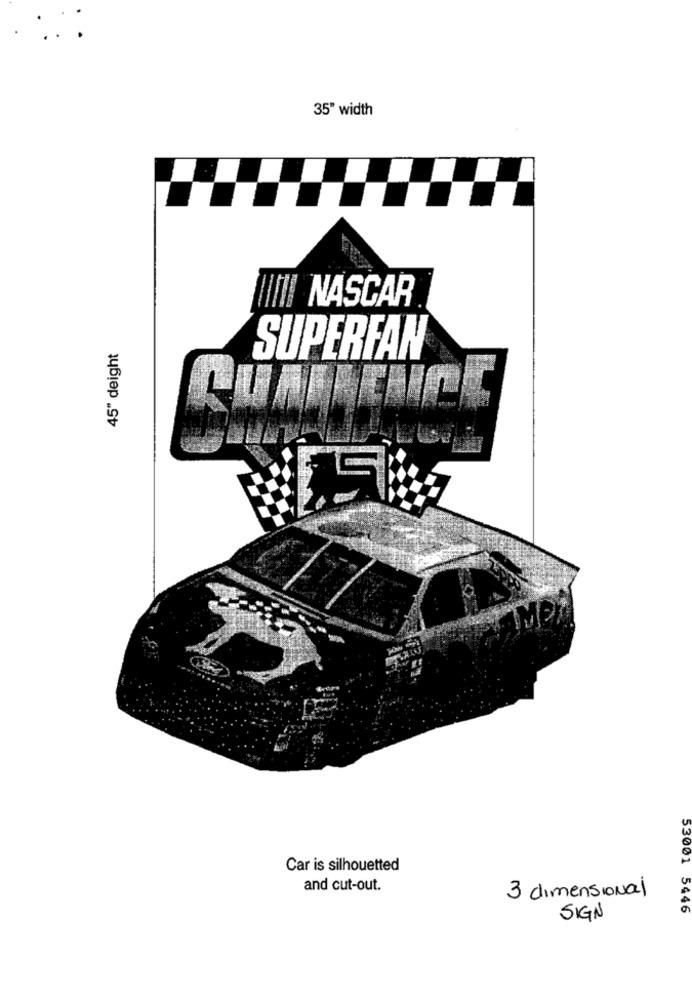
35" width
NASCAR
45" deight
SUPERFAN
Car is silhouetted
and cut-out.
3 dimensional
SIGN
53001 5446